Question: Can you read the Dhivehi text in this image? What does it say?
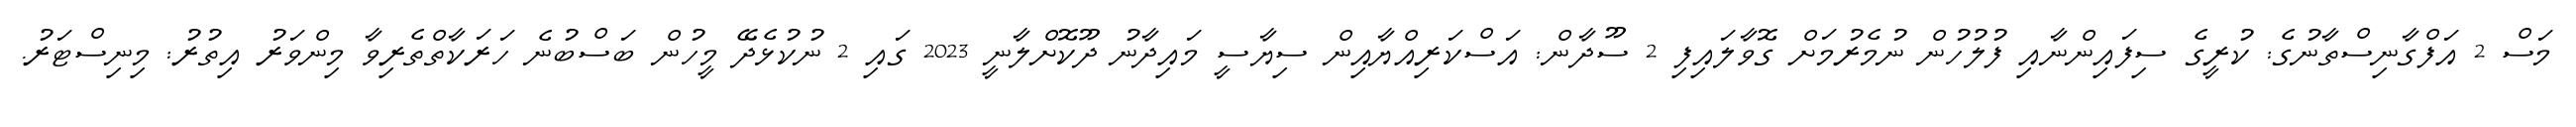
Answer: މަސް 2 އަފްގާނިސްތާނުގެ: ކުރީގެ ސިފައިންނާއި ފުލުހުން ނުމެރުމަށް ގޮވާލައިފި 2 ސޫދާން: އަސްކަރިއްޔާއިން ސިޔާސީ މައިދާނު ދޫކޮށްލާނީ 2023 ގައި 2 ނުކުޅެދޭ މީހުން ބަސްބުނެ ހަރަކާތްތެރިވާ މިންވަރު އިތުރު: މިނިސްޓަރު.